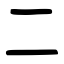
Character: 二